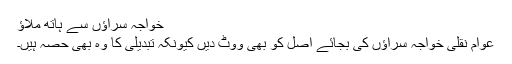
خواجہ سراﺅں سے ہاتھ ملاﺅ
عوام نقلی خواجہ سراﺅں کی بجائے اصل کو بھی ووٹ دیں کیونکہ تبدیلی کا وہ بھی حصہ ہیں۔